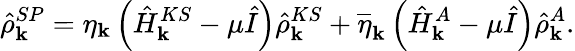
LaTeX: \hat{\rho}_{\mathbf k}^{SP}=\eta_{\mathbf k}\left(\hat{H}_{\mathbf k}^{KS}-\mu\hat{I}\right)\hat{\rho}_{\mathbf k}^{KS}+\overline{{\eta}}_{\mathbf k}\left(\hat{H}_{\mathbf k}^{A}-\mu\hat{I}\right)\hat{\rho}_{\mathbf k}^{A}.